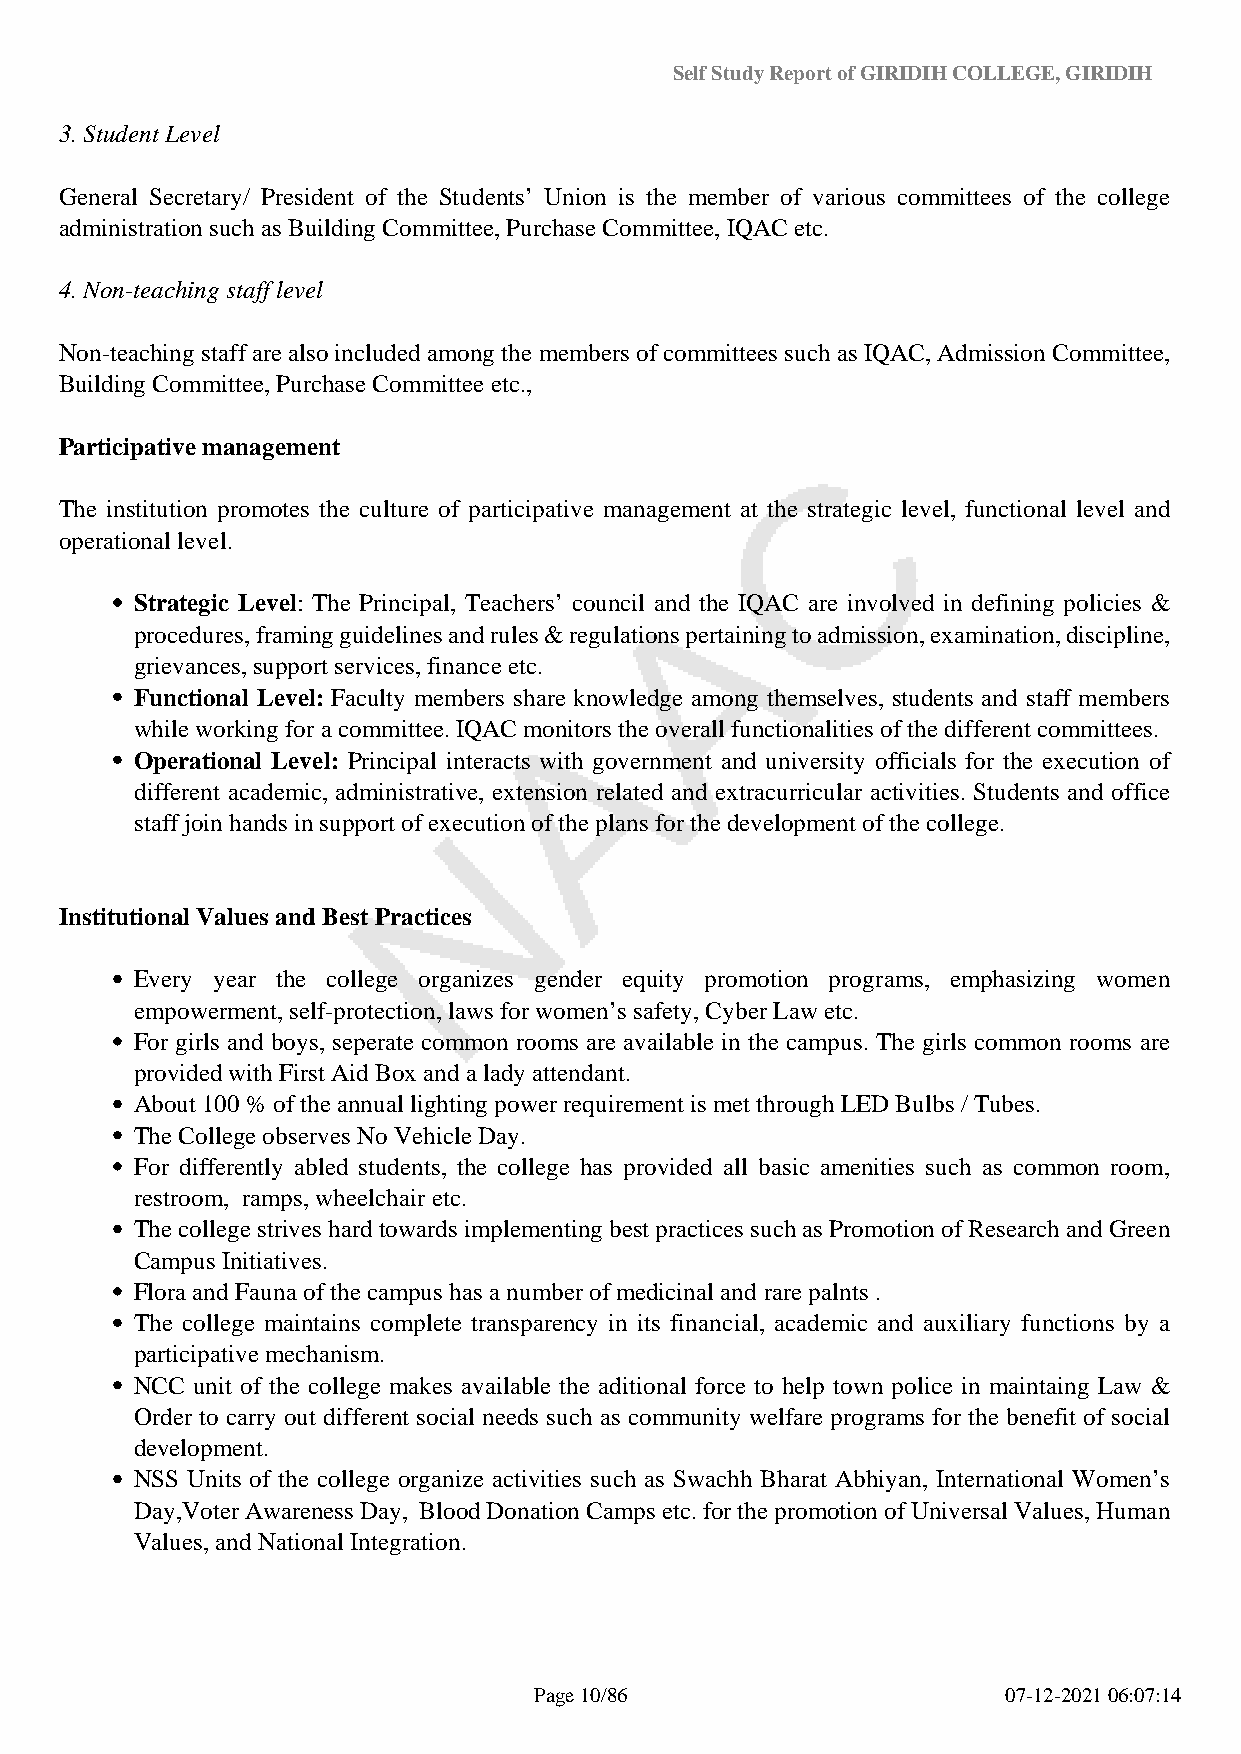
Self Study Report of GIRIDIH COLLEGE, GIRIDIH
 3. Student Level
 General Secretary/ President of the Students’ Union is the member of various committees of the college
 administration such as Building Committee, Purchase Committee, IQAC etc.
 4. Non-teaching staff level
 Non-teaching staff are also included among the members of committees such as IQAC, Admission Committee,
 Building Committee, Purchase Committee etc.,
 Participative management
 The institution promotes the culture of participative management at the strategic level, functional level and
 operational level.
 Strategic Level: The Principal, Teachers’ council and the IQAC are involved in defining policies &
 procedures, framing guidelines and rules & regulations pertaining to admission, examination, discipline,
 grievances, support services, finance etc.
 Functional Level: Faculty members share knowledge among themselves, students and staff members
 while working for a committee. IQAC monitors the overall functionalities of the different committees.
 Operational Level: Principal interacts with government and university officials for the execution of
 different academic, administrative, extension related and extracurricular activities. Students and office
 staff join hands in support of execution of the plans for the development of the college.
 Institutional Values and Best Practices
 Every year the college organizes gender equity promotion programs, emphasizing women
 empowerment, self-protection, laws for women’s safety, Cyber Law etc.
 For girls and boys, seperate common rooms are available in the campus. The girls common rooms are
 provided with First Aid Box and a lady attendant.
 About 100 % of the annual lighting power requirement is met through LED Bulbs / Tubes.
 The College observes No Vehicle Day.
 For differently abled students, the college has provided all basic amenities such as common room,
 restroom, ramps, wheelchair etc.
 The college strives hard towards implementing best practices such as Promotion of Research and Green
 Campus Initiatives.
 Flora and Fauna of the campus has a number of medicinal and rare palnts .
 The college maintains complete transparency in its financial, academic and auxiliary functions by a
 participative mechanism.
 NCC unit of the college makes available the aditional force to help town police in maintaing Law &
 Order to carry out different social needs such as community welfare programs for the benefit of social
 development.
 NSS Units of the college organize activities such as Swachh Bharat Abhiyan, International Women’s
 Day,Voter Awareness Day, Blood Donation Camps etc. for the promotion of Universal Values, Human
 Values, and National Integration.
 Page 10/86                      07-12-2021 06:07:14